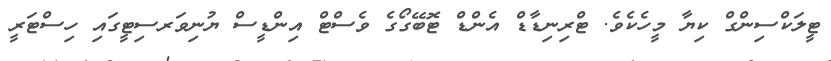
ޓީލަކްސިންގް ކިޔާ މީހެކެވެ. ޓްރިނިޑާޑް އެންޑް ޓޮބޭގޯގެ ވެސްޓް އިންޑީސް ޔުނިވަރސިޓީގައި ހިސްޓަރީ